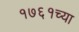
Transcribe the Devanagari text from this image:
१७६१च्या